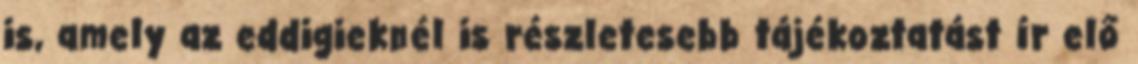
is, amely az eddigieknél is részletesebb tájékoztatást ír elő